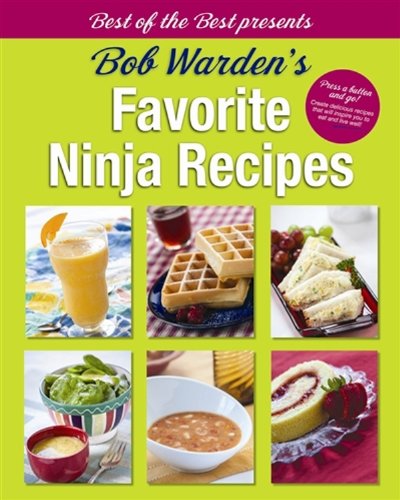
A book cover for Bob Warden's Favorite Ninja Recipes (Best of the Best Presents); Bob Warden; Cookbooks, Food & Wine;